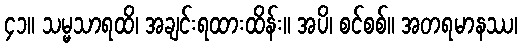
၄၁။ သမ္မသာရထိ၊ အချင်းရထားထိန်း။ အပိ၊ စင်စစ်။ အတရမာနဿ၊